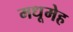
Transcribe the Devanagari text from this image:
मधूमेह